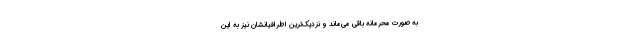
به صورت محرمانه باقی می‌ماند و نزدیک‌ترین اطرافیانشان نیز به این